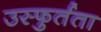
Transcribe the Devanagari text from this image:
उस्फुर्तता